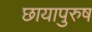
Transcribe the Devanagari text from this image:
छायापुरुष